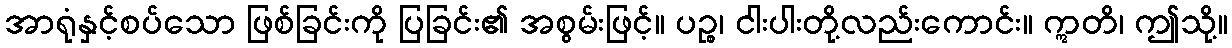
အာရုံနှင့်စပ်သော ဖြစ်ခြင်းကို ပြခြင်း၏ အစွမ်းဖြင့်။ ပဉ္စ၊ ငါးပါးတို့လည်းကောင်း။ ဣတိ၊ ဤသို့။